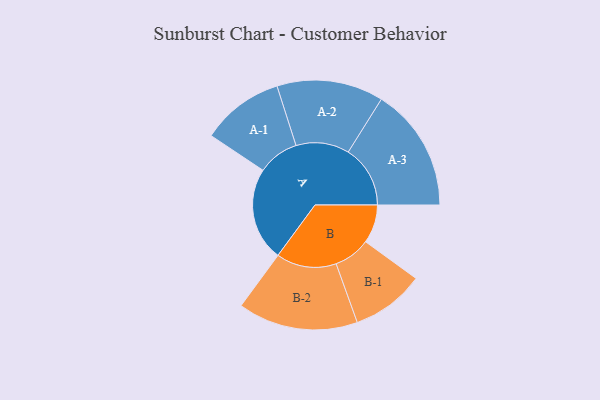
{"axis": {"x": "Segment", "y": "Value"}, "legend": ["", "A", "B"], "data": [{"x": "A", "y": 442, "type": ""}, {"x": "B", "y": 182, "type": ""}, {"x": "A-1", "y": 195, "type": "A"}, {"x": "A-2", "y": 252, "type": "A"}, {"x": "A-3", "y": 293, "type": "A"}, {"x": "B-1", "y": 173, "type": "B"}, {"x": "B-2", "y": 284, "type": "B"}]}